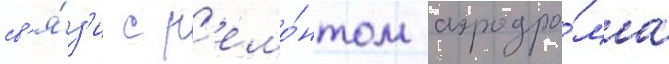
св'я́з'и с р'емо́нтом аэродро́ма